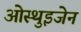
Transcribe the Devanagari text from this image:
ओस्थुइजेन